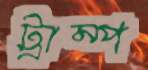
ট্রাম্প